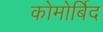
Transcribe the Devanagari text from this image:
कोमोर्बिद